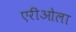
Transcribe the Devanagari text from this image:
एरीओला